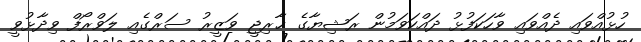
ހުޅުއްވައި ދެއްވައި ވާހަކަފުޅު ދައްކަވަމުން ރަޝިޔާގެ ޚާރިޖީ ވަޒީރު ސަރްގެއި ލަވްރޯފް ވިދާޅުވީ